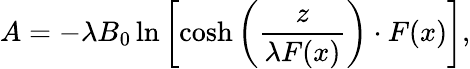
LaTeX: A=-\lambda B_{0}\ln\left[\cosh\left(\frac{z}{\lambda F(x)}\right)\cdot F(x)\right],